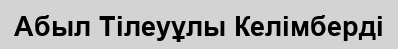
Абыл Тілеуұлы Келімберді